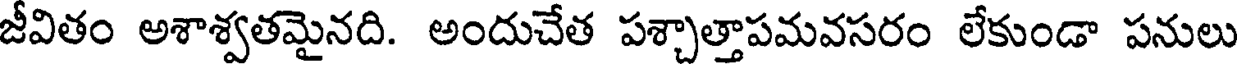
జీవితం అశాశ్వతమైనది. అందుచేత పశ్చాత్తాపమవసరం లేకుండా పనులు